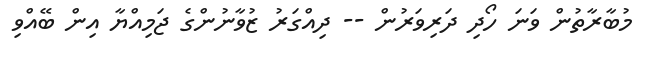
މުބާރާތުން ވަނަ ހޯދި ދަރިވަރުން -- ދިއްގަރު ޒުވާނުންގެ ޖަމިއްޔާ އިން ބޭއްވި